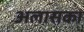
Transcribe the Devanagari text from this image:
अलासका